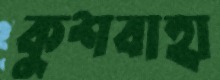
কুশবাহা